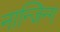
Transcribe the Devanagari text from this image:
नान्जिन्ग